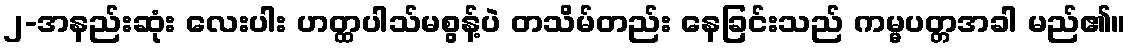
၂-အနည်းဆုံး လေးပါး ဟတ္ထပါသ်မစွန့်ပဲ တသိမ်တည်း နေခြင်းသည် ကမ္မပတ္တအခါ မည်၏။